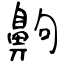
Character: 齁